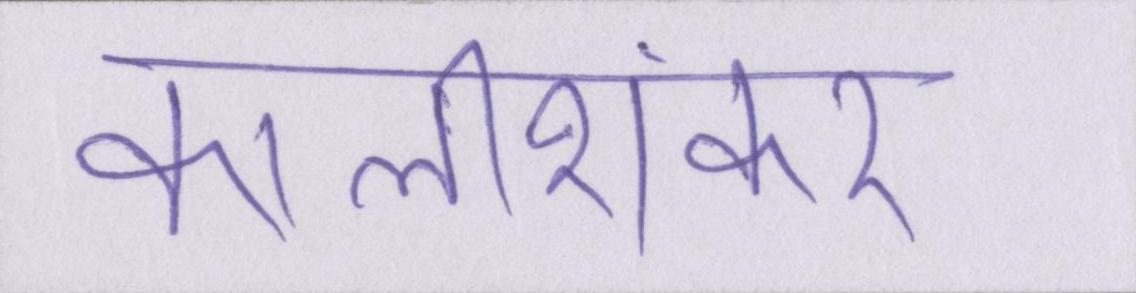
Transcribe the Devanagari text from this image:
कालीशंकर